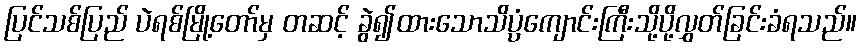
ပြင်သစ်ပြည် ပဲရစ်မြို့တော်မှ တဆင့် ခွဲ၍ထားသောသိပ္ပံကျောင်းကြီးသို့ပို့လွှတ်ခြင်းခံရသည်။